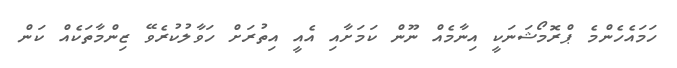
ހަމައެހެންމެ ޕްރޮމޯޝަނަކީ އިނާމެއް ނޫން ކަމަށާއި އެއީ އިތުރަށް ހަވާލުކުރެވޭ ޒިންމާތަކެއް ކަން